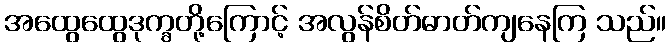
အထွေထွေဒုက္ခတို့ကြောင့် အလွန်စိတ်ဓာတ်ကျနေကြ သည်။